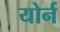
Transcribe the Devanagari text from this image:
योर्न